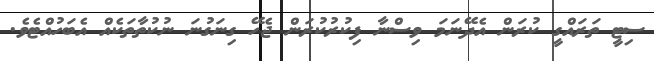
ސިޓީ ތަރައްގީ ކުރަން އެދޭނަމަ ވިސްނާ ފިކުރުކުރަން ޖެހޭ ގިނަގުނަ ނުކުތާތަކެއް އެބަހުއްޓެވެ.